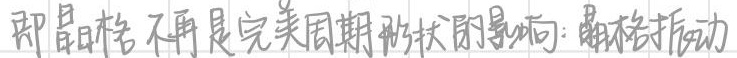
即晶格不再是完美周期形状的影响：晶格振动